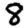
Digit: 8